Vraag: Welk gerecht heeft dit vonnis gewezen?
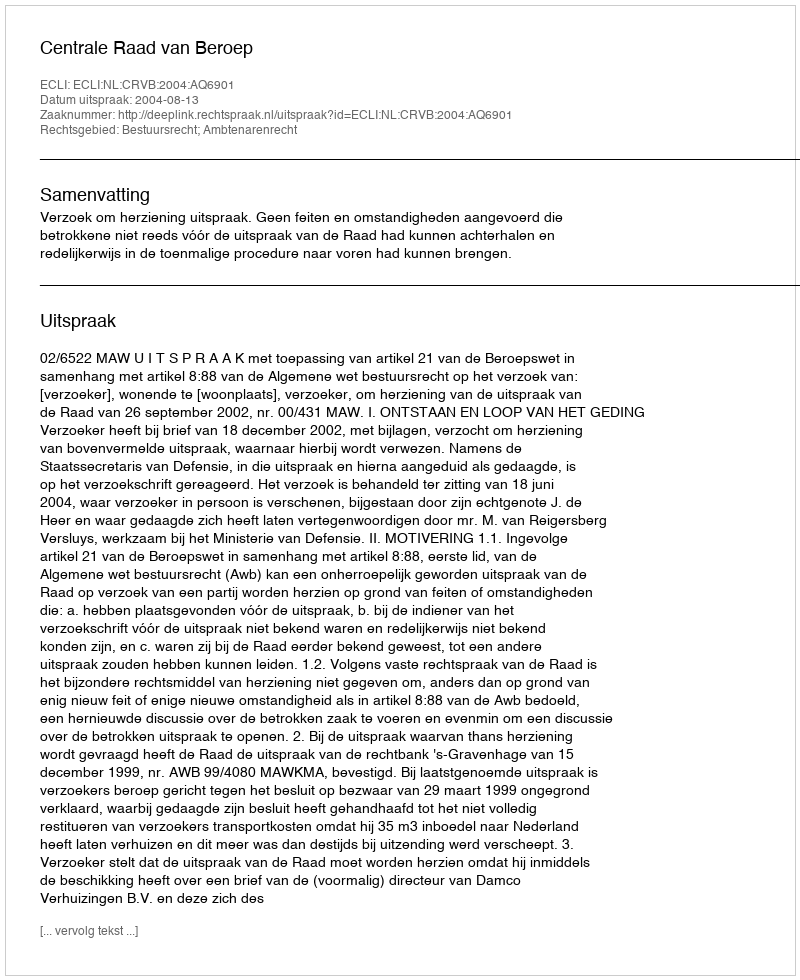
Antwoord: Centrale Raad van Beroep